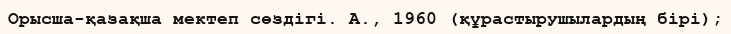
Орысша-қазақша мектеп сөздігі. А., 1960 (құрастырушылардың бірі);